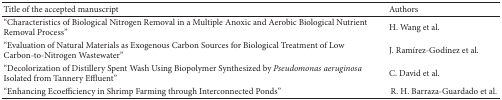
<table><thead><tr><td><b>Title of the accepted manuscript</b></td><td><b>Authors</b></td></tr></thead><tbody><tr><td>“Characteristics of Biological Nitrogen Removal in a Multiple Anoxic and Aerobic Biological Nutrient Removal Process”</td><td>H. Wang et al.</td></tr><tr><td>“Evaluation of Natural Materials as Exogenous Carbon Sources for Biological Treatment of Low Carbon-to-Nitrogen Wastewater”</td><td>J. Ramírez-Godínez et al.</td></tr><tr><td>“Decolorization of Distillery Spent Wash Using Biopolymer Synthesized by <i>Pseudomonas aeruginosa</i> Isolated from Tannery Effluent”</td><td>C. David et al. </td></tr><tr><td>“Enhancing Ecoefficiency in Shrimp Farming through Interconnected Ponds”</td><td> R. H. Barraza-Guardado et al.</td></tr></tbody></table>